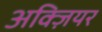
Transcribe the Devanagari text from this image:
अक्ज़ियर